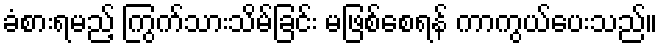
ခံစားရမည့် ကြွက်သားသိမ်ခြင်း မဖြစ်စေရန် ကာကွယ်ပေးသည်။